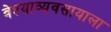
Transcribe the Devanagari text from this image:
वेश्याव्यवसायाला